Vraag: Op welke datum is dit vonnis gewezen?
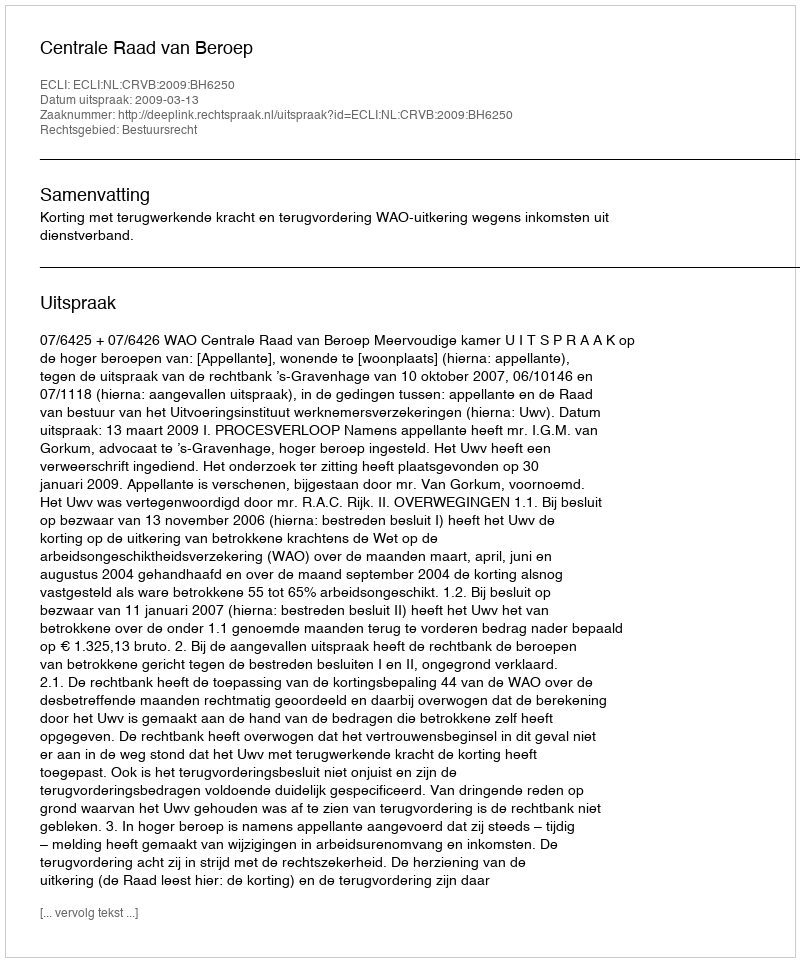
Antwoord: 2009-03-13